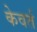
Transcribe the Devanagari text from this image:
केवर्त